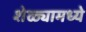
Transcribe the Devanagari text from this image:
शेळ्यामध्ये